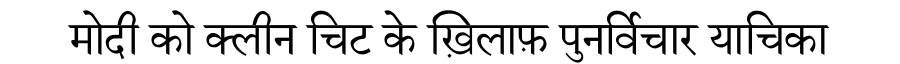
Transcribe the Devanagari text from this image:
मोदी को क्लीन चिट के ख़िलाफ़ पुनर्विचार याचिका